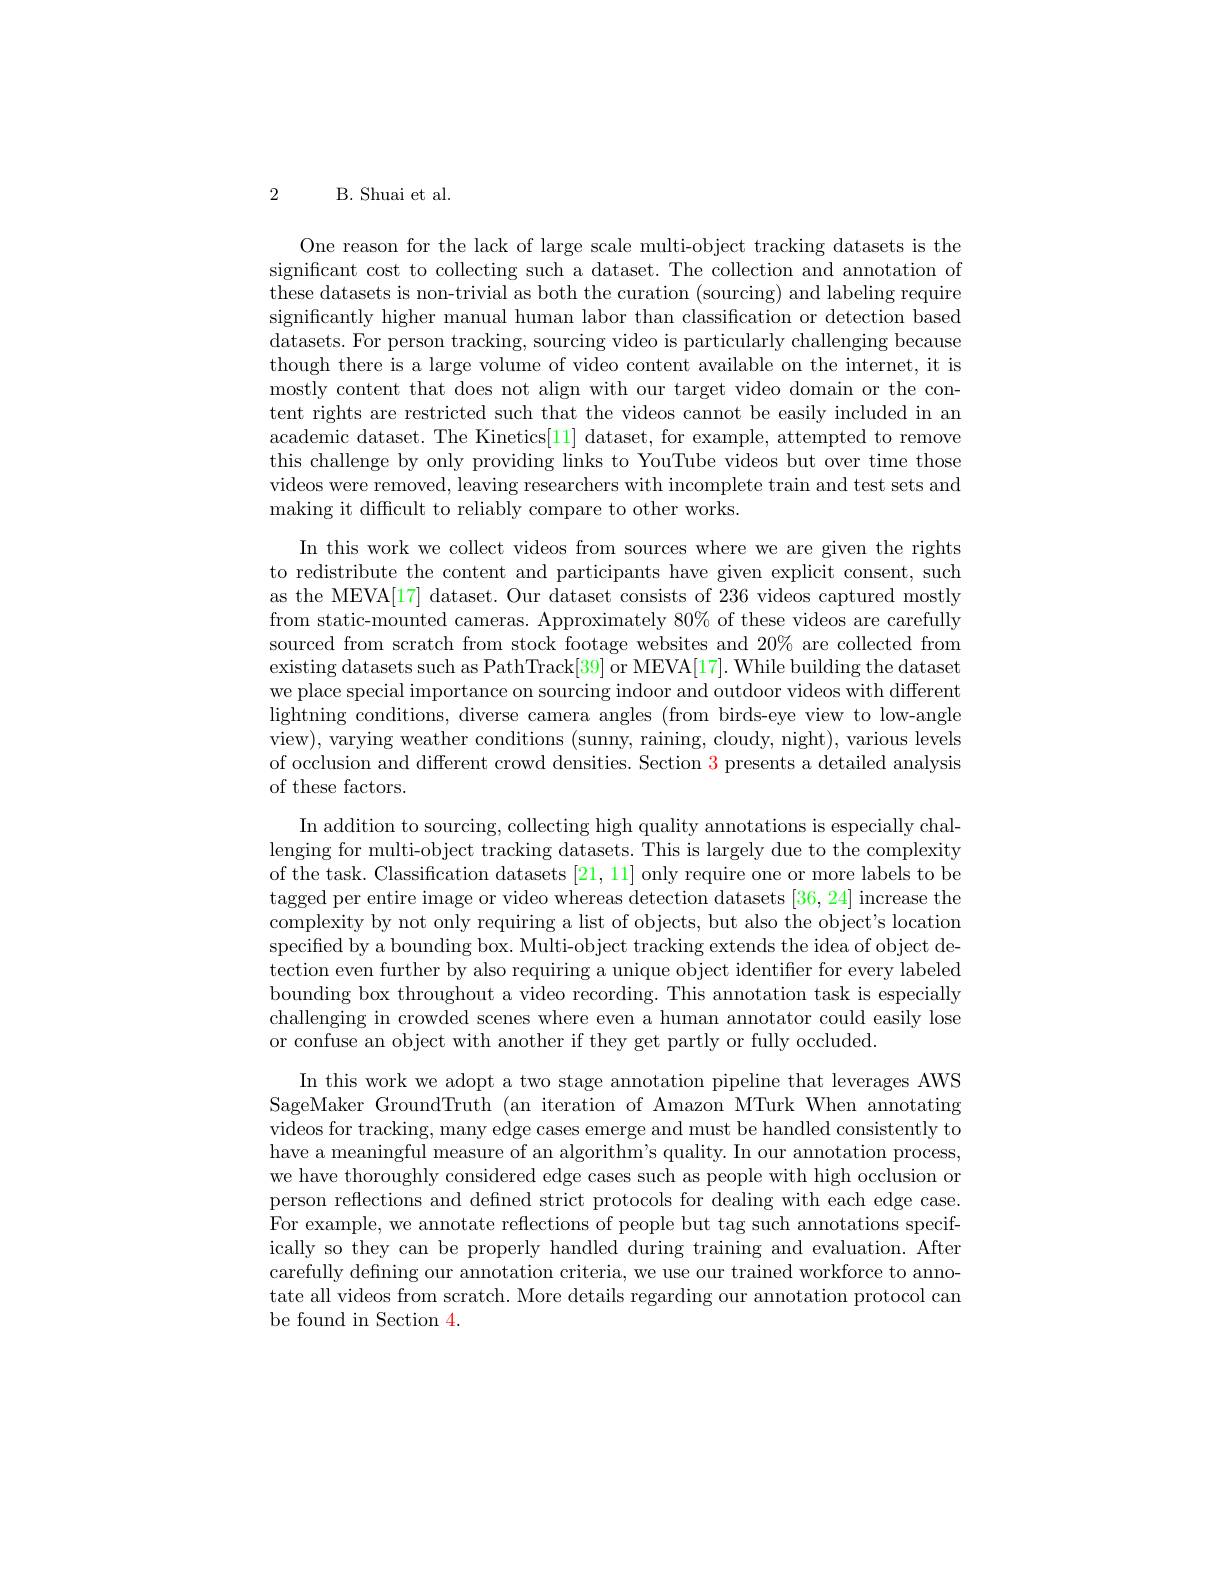
One reason for the lack of large scale multi-object tracking datasets is the significant cost to collecting such a dataset. The collection and annotation of these datasets is non-trivial as both the curation (sourcing) and labeling require significantly higher manual human labor than classification or detection based datasets. For person tracking, sourcing video is particularly challenging because though there is a large volume of video content available on the internet, it is mostly content that does not align with our target video domain or the content rights are restricted such that the videos cannot be easily included in an academic dataset. The Kinetics[11] dataset, for example, attempted to remove this challenge by only providing links to YouTube videos but over time those videos were removed, leaving researchers with incomplete train and test sets and making it difficult to reliably compare to other works.

2
B. Shuai et al.
In this work we collect videos from sources where we are given the rights to redistribute the content and participants have given explicit consent, such as the MEVA[17] dataset. Our dataset consists of 236 videos captured mostly from static-mounted cameras. Approximately 80% of these videos are carefully sourced from scratch from stock footage websites and 20% are collected from existing datasets such as PathTrack[39] or MEVA[17]. While building the dataset we place special importance on sourcing indoor and outdoor videos with different lightning conditions, diverse camera angles (from birds-eye view to low-angle view), varying weather conditions (sunny, raining, cloudy, night), various levels of occlusion and different crowd densities. Section $\color{#c000}3$ presents a detailed analysis of these factors.
In addition to sourcing, collecting high quality annotations is especially challenging for multi-object tracking datasets. This is largely due to the complexity of the task. Classification datasets [21,11] only require one or more labels to be tagged per entire image or video whereas detection datasets [36,24] increase the complexity by not only requiring a list of objects, but also the object's location specified by a bounding box. Multi-object tracking extends the idea of object detection even further by also requiring a unique object identiffer for every labeled bounding box throughout a video recording. This annotation task is especially challenging in crowded scenes where even a human annotator could easily lose or confuse an object with another if they get partly or fully occluded.
In this work we adopt a two stage annotation pipeline that leverages AWS SageMaker GroundTruth (an iteration of Amazon MTurk When annotating videos for tracking, many edge cases emerge and must be handled consistently to have a meaningful measure of an algorithm's quality. In our annotation process, we have thoroughly considered edge cases such as people with high occlusion or person reflections and defined strict protocols for dealing with each edge case. For example, we annotate reflections of people but tag such annotations specifically so they can be properly handled during training and evaluation. After carefully defining our annotation criteria, we use our trained workforce to annotate all videos from scratch. More details regarding our annotation protocol can be found in Section 4.